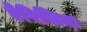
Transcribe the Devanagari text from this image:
ऐरिसिमा